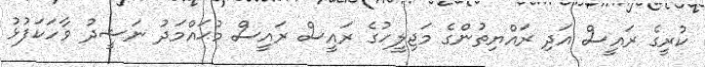
ކުރީގެ ރައީސް އަދި ރައްޔިތުންގެ މަޖިލީހުގެ ރައީސް ރައީސް މުޙައްމަދު ނަޝީދު ވާހަކަފުޅު